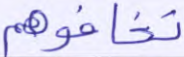
تخافوهم